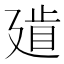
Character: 𢌨